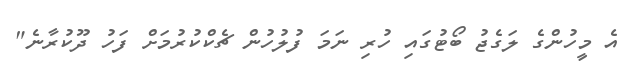
އެ މީހުންގެ ލަގެޖު ބޯޓުގައި ހުރި ނަމަ ފުލުހުން ޗެކްކުރުމަށް ފަހު ދޫކުރާނެ"